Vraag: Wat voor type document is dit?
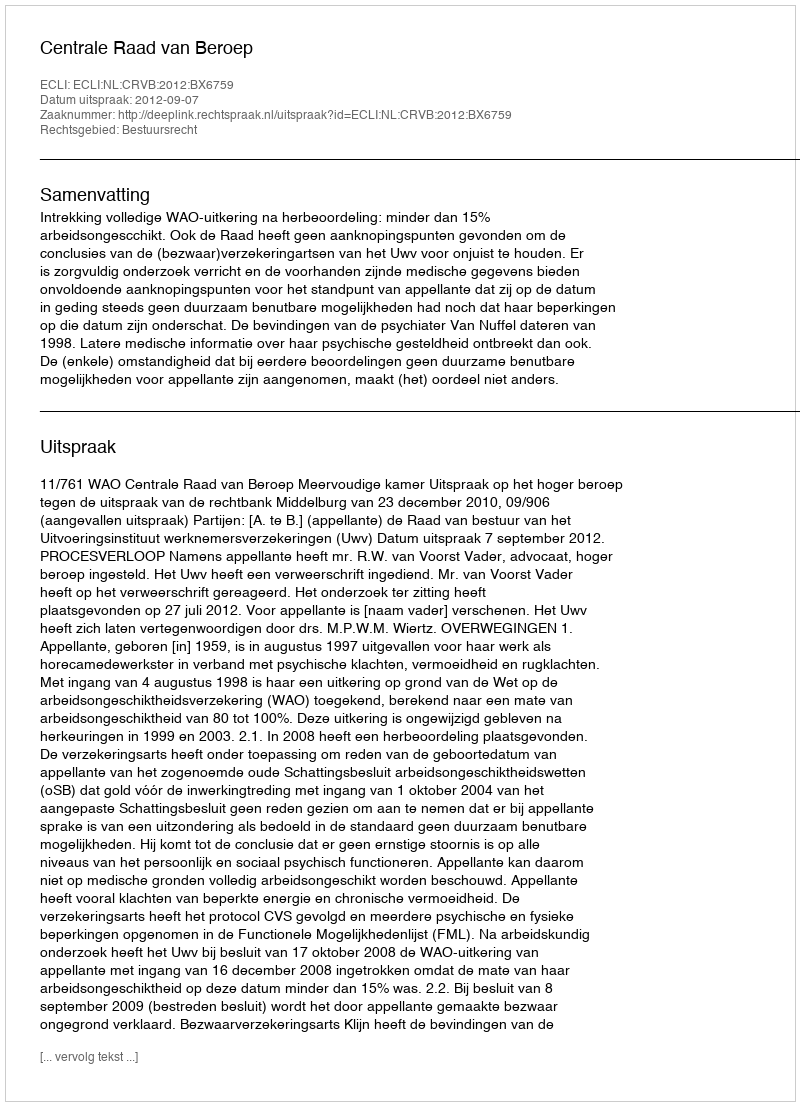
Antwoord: Uitspraak